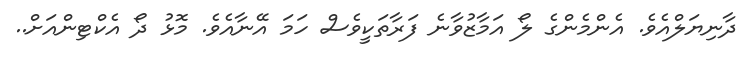
ދާނިޔަލްއެވެ. އެންމެންގެ ލޯ އަމާޒުވާނެ ފަރާތަކީވެސް ހަމަ އޭނާއެވެ. މޮޅު ދޯ އެކްޓިންއަށް..